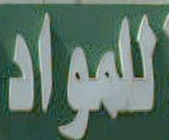
للمواد